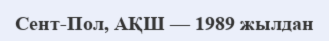
Сент-Пол, АҚШ — 1989 жылдан